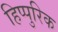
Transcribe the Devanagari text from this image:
हिप्पुरिक